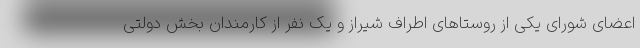
اعضای شورای یکی از روستاهای اطراف شیراز و یک نفر از کارمندان بخش دولتی